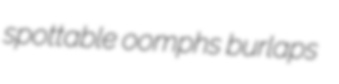
spottable oomphs burlaps